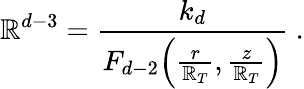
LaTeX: \mathbb{R}^{d-3}=\frac{{k_{d}}}{{F_{d-2}\Big(\frac{{r}}{{\mathbb{R}_{T}}},\frac{{z}}{{\mathbb{R}_{T}}}\Big)}}\ .